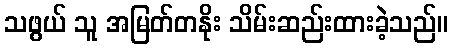
သဖွယ် သူ အမြတ်တနိုး သိမ်းဆည်းထားခဲ့သည်။